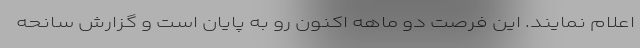
اعلام نمایند. این فرصت دو ماهه اکنون رو به پایان است و گزارش سانحه